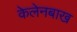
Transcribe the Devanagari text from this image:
केलेनबाख